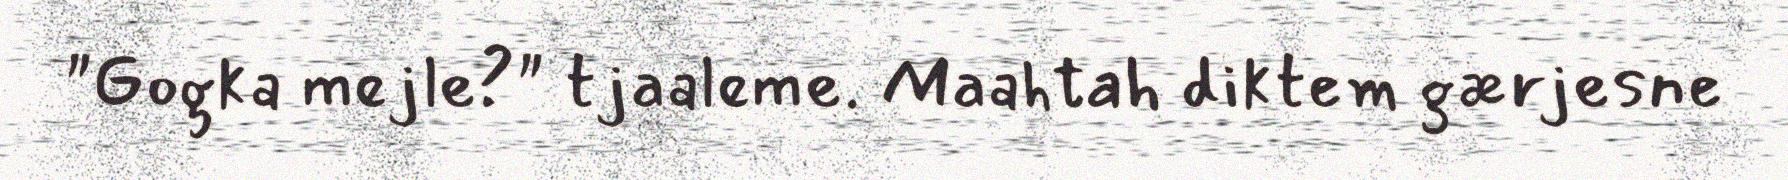
"Gogka mejle?" tjaaleme. Maahtah diktem gærjesne